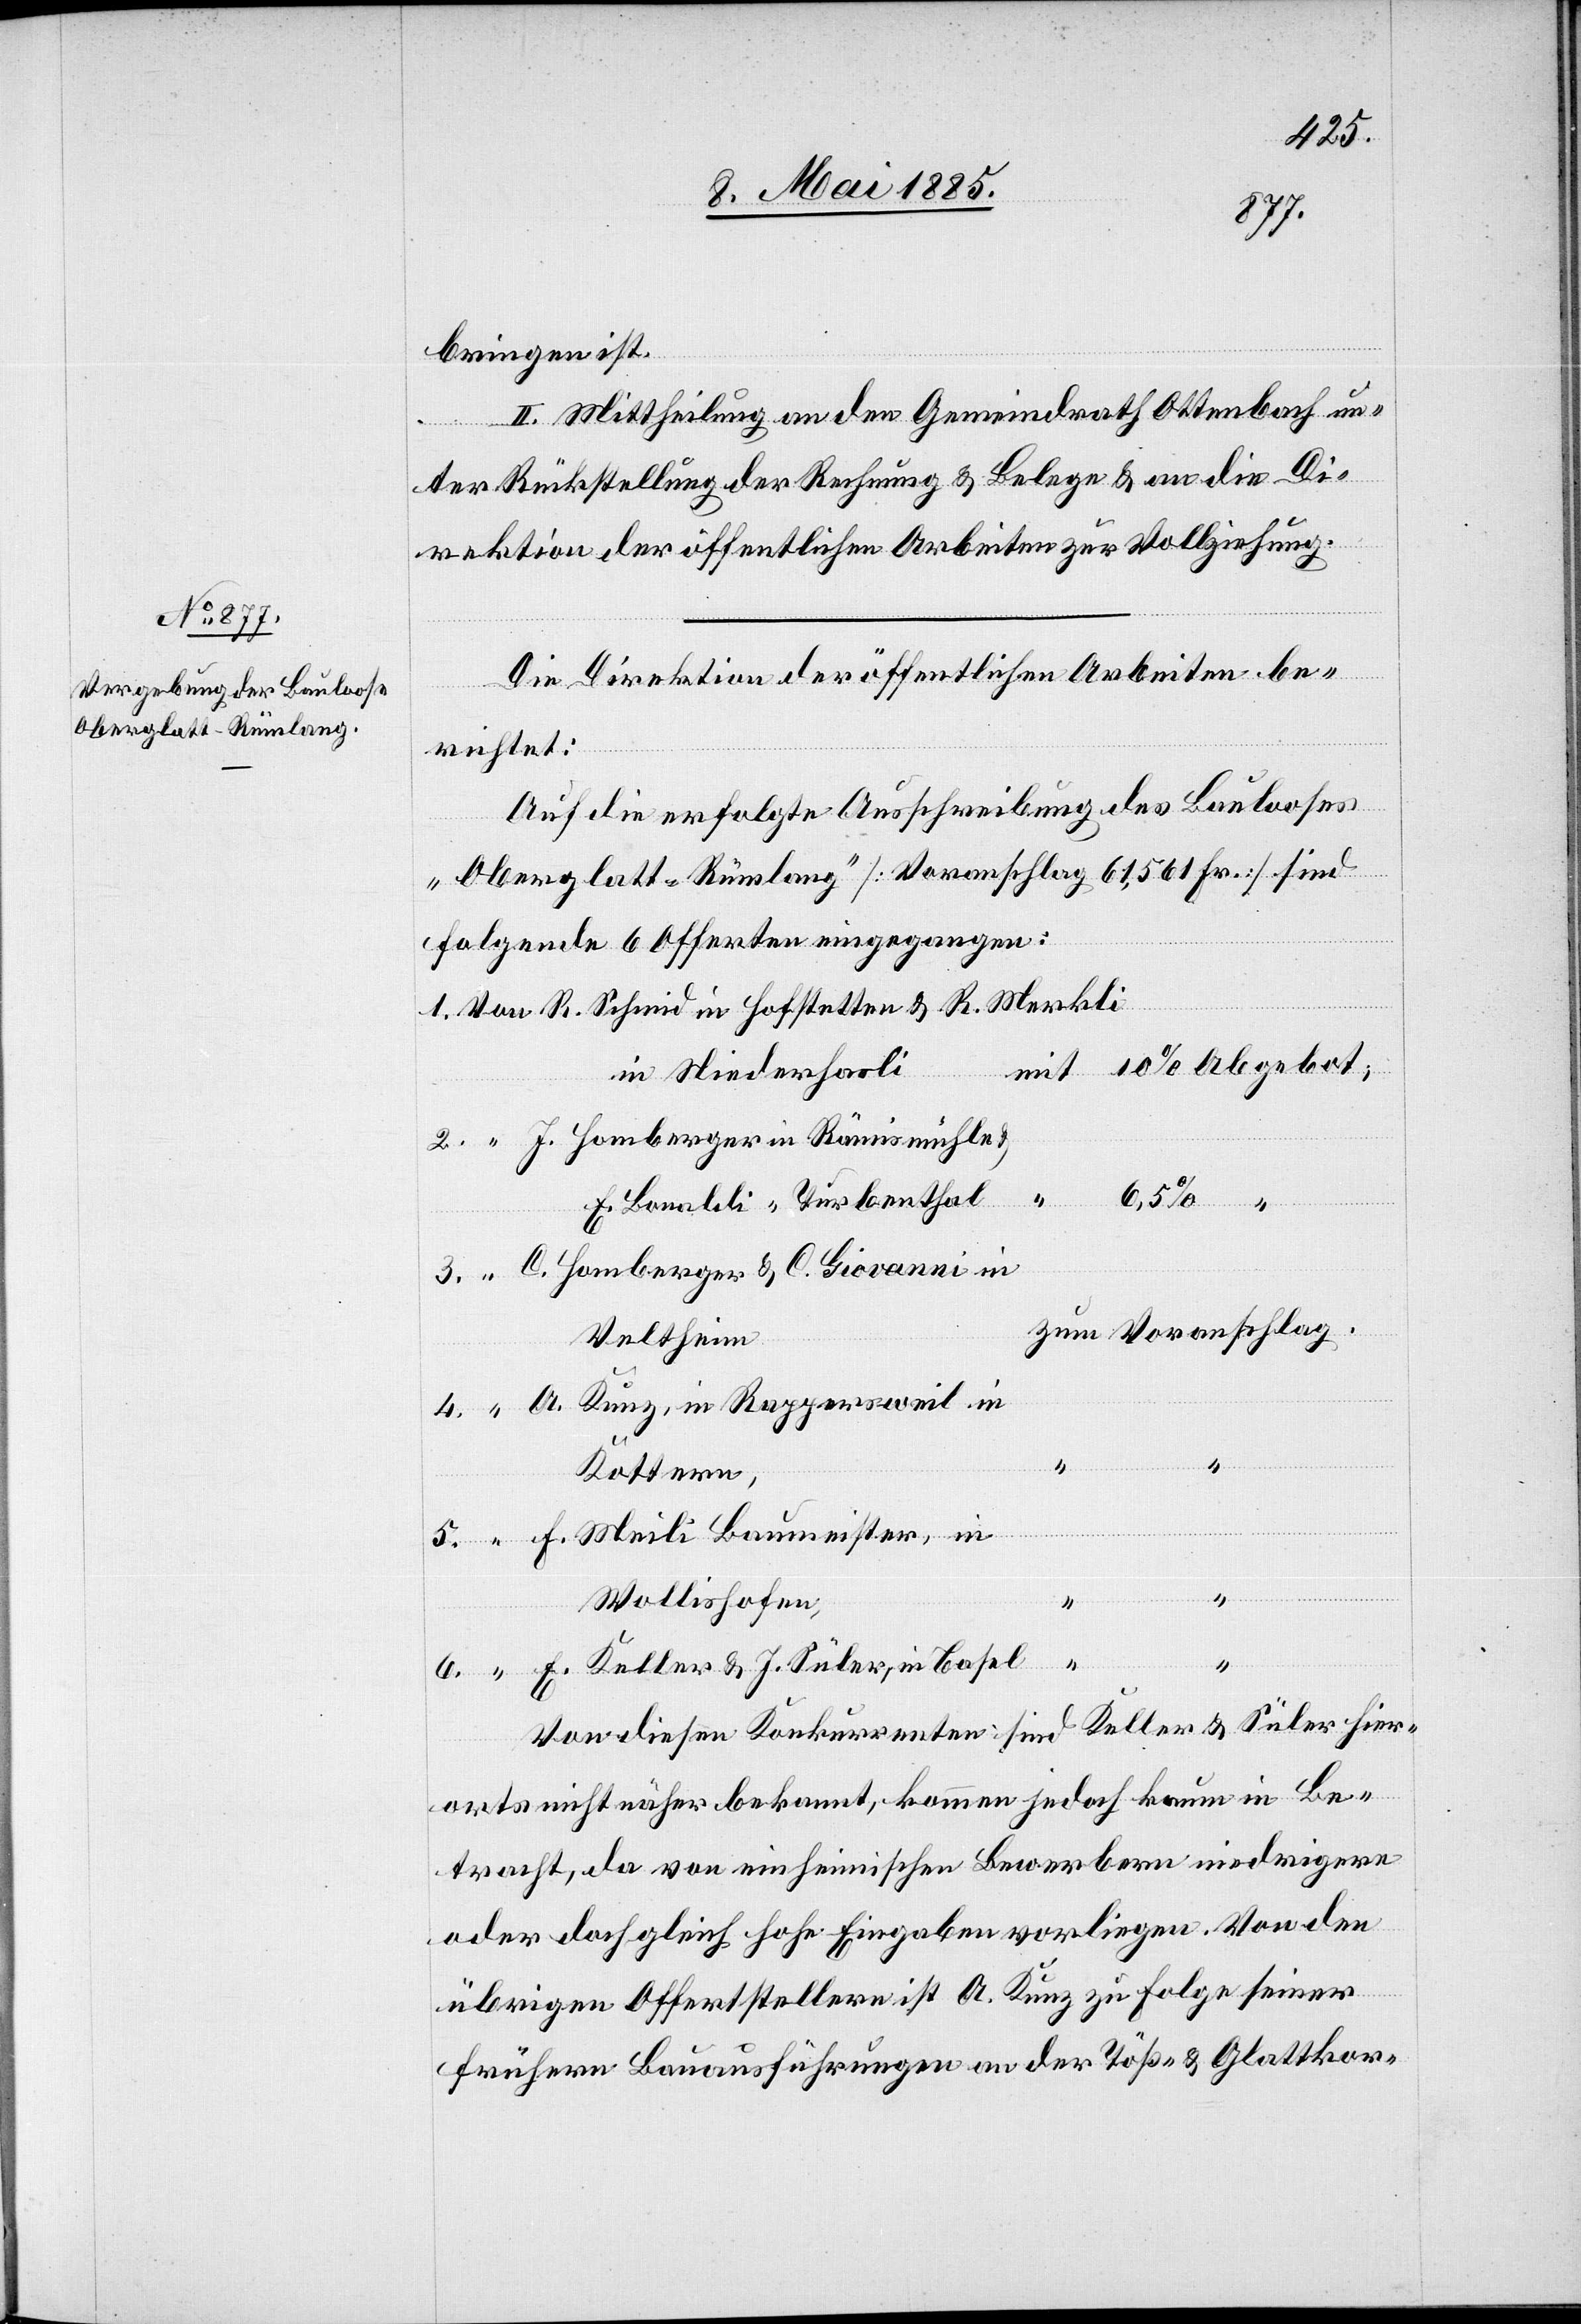
bringen ist.
II. Mittheilung an den Gemeindrath Ottenbach un¬
ter Rückstellung der Rechnung & Belege & an die Di¬
rektion der öffentlichen Arbeiten zur Vollziehung.
Die Direktion der öffentlichen Arbeiten be¬
richtet:
Auf die erfolgte Ausschreibung des Baulooses
„Oberglatt - Rümlang“ [Voranschlag 61,561 Fr.] sind
folgende 6 Offerten eingegangen:
Baumeister in
in Niederhasli
“
6.
C. Homberger & C. Giovanni in
Veltheim
A. Kunz, in Rappersweil in
Kottern,
Wollishofen,
4.
“
E. Keller & J. Süler, in Basel
Von diesen Konkurrenten sind Keller & Süler hier¬
orts nicht näher bekannt, kommen jedoch kaum in Be¬
tracht, da von einheimischen Bewerbern niedrigere
oder doch gleich hohe Eingaben vorliegen. Von den
übrigen Offertstellern ist A. Kunz zu folge seiner
frühern Bauausführungen an der Töß- & Glattkor-